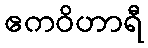
ဧကဝိဟာရီ